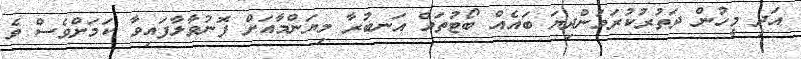
އަދި މީހުން ދަތުރުކުރަމުންދިޔަ ބައެއް ބޯޓުތައް އަނބުރާ މިޔަންމާއަށް ފޮނުވާލާފައިވާ ކަމަށްވެސް ވެ